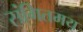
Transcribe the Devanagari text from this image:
संगितमय